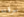
سرقته